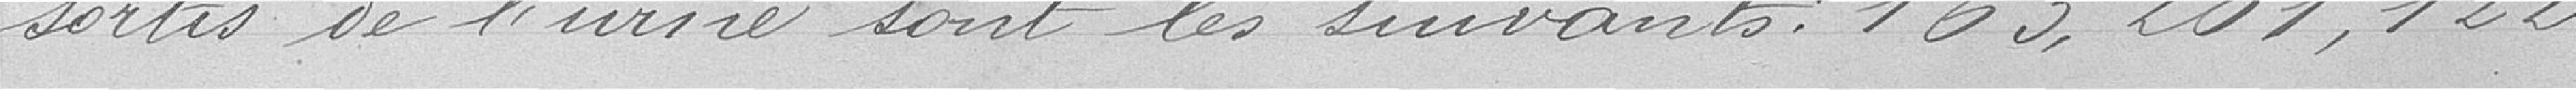
sortis de l'urne sont les suivants : 163, 201, 122,